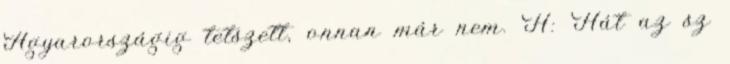
Agyarországig tetszett, onnan már nem. H: Hát az sz